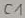
Text: C1